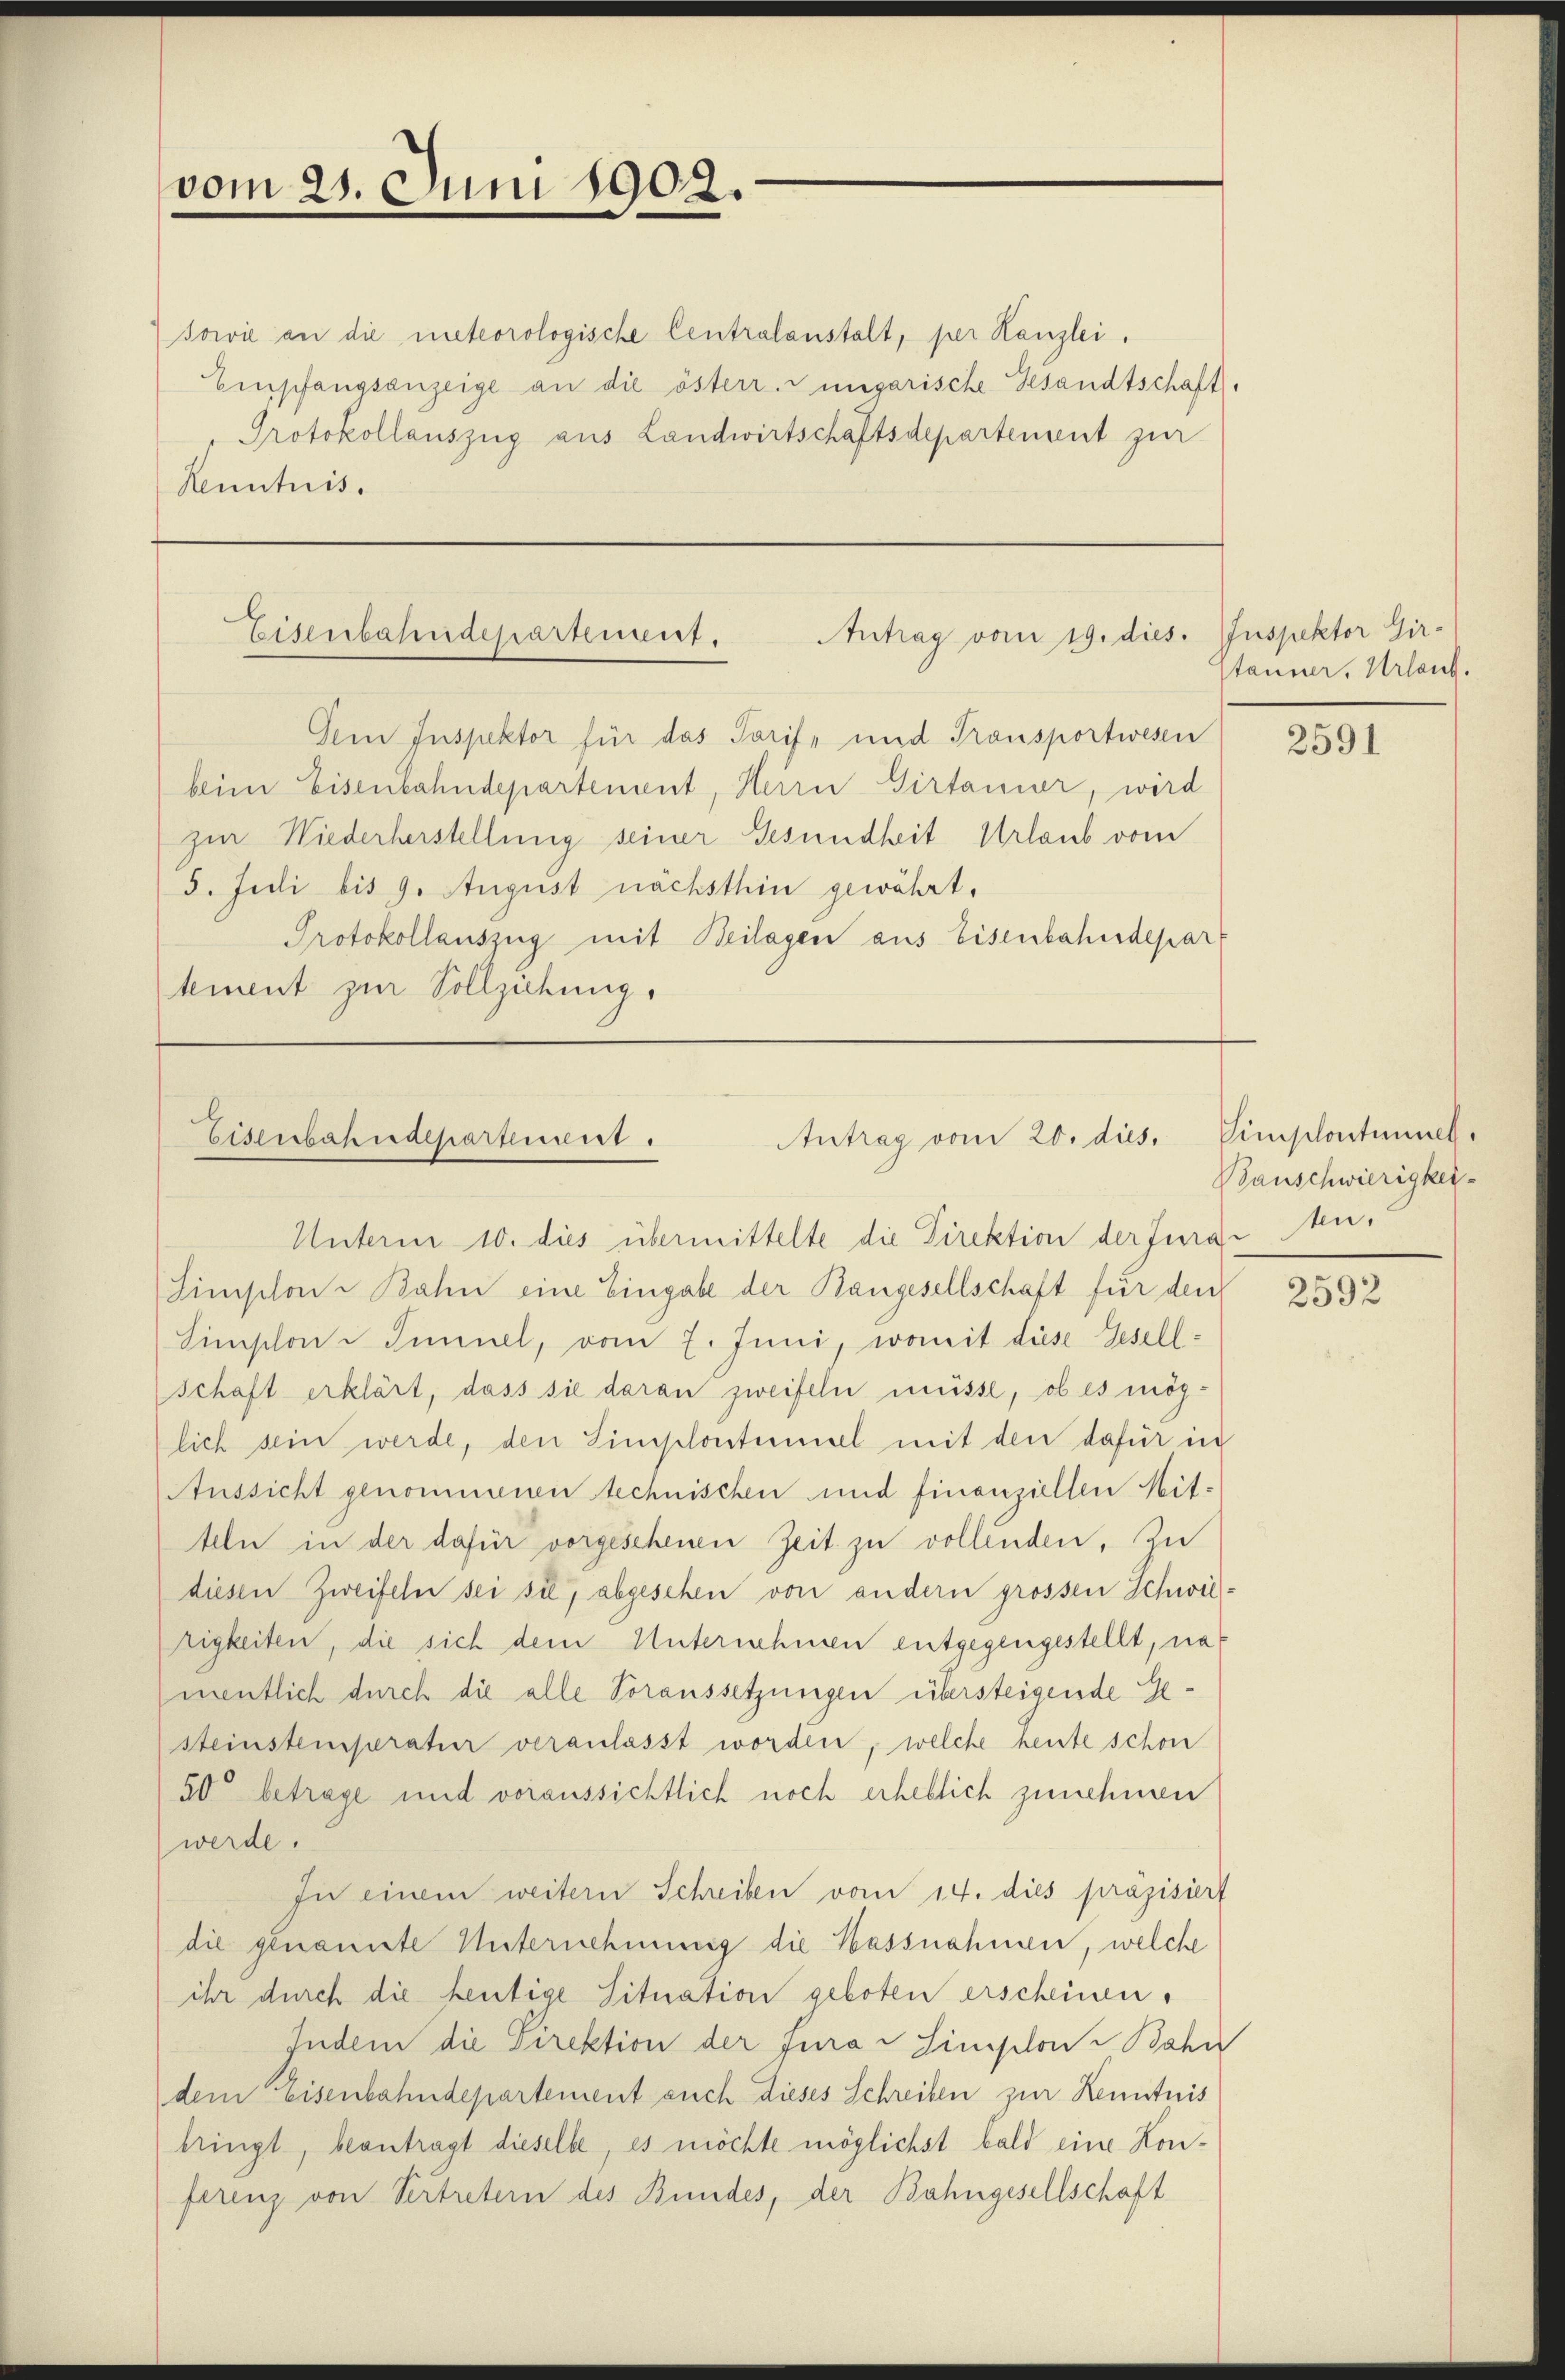
vom 21. Juni 1902.

sowie an die meteorologische Centralanstalt, per Kanzlei.
Empfangsanzeige an die österr. ungarische Gesandtschaft,
Protokollauszug aus Landwirtschaftsdepartement zur
Kenntnis.

Antrag vom 19. dies. Inspektor Gir-
Eisenbahndepartement.

Eisenbahndepartement.
Antrag vom 20. dies.

Dem Inspektor für das Torf- und Transportwesen
beim Eisenbahndepartenant, Herrn Girtaner, wird
zur Wiederherstellung seiner Gesundheit Urlaub vom
5. Juli bis 9. August nächsthin gewährt,
Protokollauszug mit Beilagen aus Eisenbahndepart
tement zur Vollziehung.

Unterm 10. dies übermittelte die Direktion der Furg- u.

Simplon - Bahn eine Eingabe der Rangesellschaft für den
Simplon Tunnel, vom 7. Juni, womit diese Gesell-
schaft erklärt, dass sie daran zweifeln müsse, ob es möglich sein werde, den Simplontiel mit den dafür in
Aussicht genommenen technischen und finanziellen Mit-
teln in der dafür vorgesehenen Zeit zu vollenden, zu
diesen Zweifeln sei sie, abgesehen von andern grossen Schweirigkeiten, die sich dem Unternehmen entgegengestellt, namentlich durch die alle Voraussetzungen übersteigende Gesteinstemperatur veranlasst worden, welche heute schon
50 betrage und voraussichtlich noch erheblich zunehmen
werde.
In einem weitern Schreiben vom 14. dies präzisiert
die genannte Unternehmung die Hassnahmen, welche
ihr durch die heutige Situation geboten erscheinen,
Indem die Direktion der Jura - Simon Bahn
dem Eisenbahndepartement auch dieses Schreiben zur Kenntnis
bringt, beantragt dieselbe, es möchte möglichst bald eine Konferenz von Vertretern des Bundes, der Bahngesellschaft

stauner, Urlauf.

2591

Simplontinuel.
Bauschwierigkei¬

2592